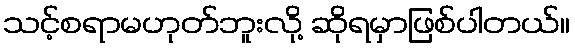
သင့်စရာမဟုတ်ဘူးလို့ ဆိုရမှာဖြစ်ပါတယ်။